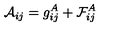
{ \cal A } _ { i j } = g _ { i j } ^ { A } + { \cal F } _ { i j } ^ { A }